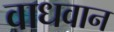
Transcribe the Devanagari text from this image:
वाधवान